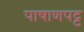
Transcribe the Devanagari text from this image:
पाषाणपट्ट